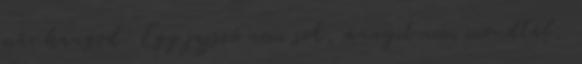
már hangod. Egy jajszó nem sok, annyit nem mondtál,